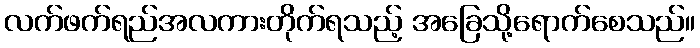
လက်ဖက်ရည်အလကားတိုက်ရသည့် အခြေသို့ရောက်စေသည်။